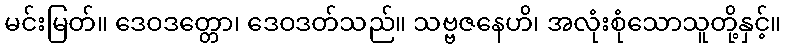
မင်းမြတ်။ ဒေဝဒတ္တော၊ ဒေဝဒတ်သည်။ သဗ္ဗဇနေဟိ၊ အလုံးစုံသောသူတို့နှင့်။